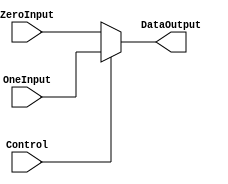
`timescale 1ns / 1ps
//////////////////////////////////////////////////////////////////////////////////
// Company:
// Engineer:
//
// Design Name:
// Module Name:    32BitTwoInOneSelector
// Project Name:
// Target Devices:
// Tool versions:
// Description:
//
// Dependencies:
//
// Revision:
// Revision 0.01 - File Created
// Additional Comments:
//
//////////////////////////////////////////////////////////////////////////////////
module BitTwoInOneSelector32Bit(
    input [31:0] ZeroInput,
    input [31:0] OneInput,
    input Control,
    output reg[31:0] DataOutput
    );

   always @(Control or ZeroInput or OneInput) begin
	   DataOutput = (Control == 1) ? OneInput : ZeroInput;
   end
endmodule